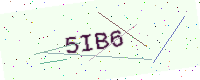
Text: 5IB6